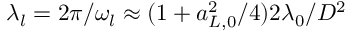
\lambda _ { l } = 2 \pi / \omega _ { l } \approx ( 1 + a _ { L , 0 } ^ { 2 } / 4 ) 2 \lambda _ { 0 } / D ^ { 2 }